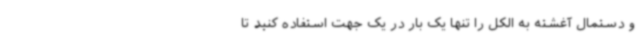
و دستمال آغشته به الکل را تنها یک‌ بار در یک جهت استفاده کنید تا